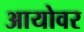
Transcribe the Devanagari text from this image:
आयोवर